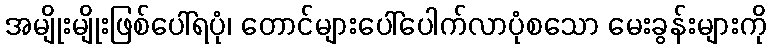
အမျိုးမျိုးဖြစ်ပေါ်ရပုံ၊ တောင်များပေါ်ပေါက်လာပုံစသော မေးခွန်းများကို